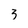
Character: 3